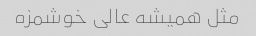
مثل همیشه عالی خوشمزه